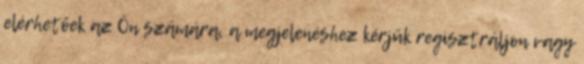
elérhetőek az Ön számára, a megjelenéshez kérjük regisztráljon vagy